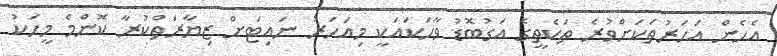
އެހެން އަހަރުތަކަށްވުރެ ތަކެތީގެ އަގުބޮޑު ވާހަކައަކީ މިއަހަރު ނައިޓަށް ޒިޔާރަތްކުރާ ކޮންމެ މީހަކު